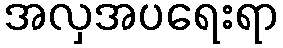
အလှအပရေးရာ